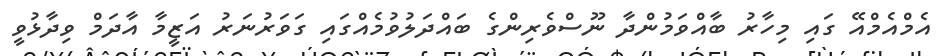
އެމްއެމްއޭ ގައި މިހާރު ބާއްވަމުންދާ ނޫސްވެރިންގެ ބައްދަލުވުމެއްގައި ގަވަރުނަރު އަޒީމާ އާދަމް ވިދާޅުވީ